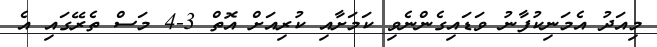
މިއަދު އެމަނިކުފާނު ވަޑައިގެންނެވި ކަމަށާއި ކުރިއަށް އޮތް 3-4 މަސް ތެރޭގައި އެ